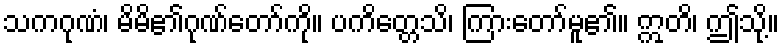
သကဂုဏံ၊ မိမိ၏ဂုဏ်တော်ကို။ ပကိတ္တေသိ၊ ကြားတော်မူ၏။ ဣတိ၊ ဤသို့။